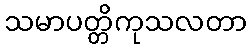
သမာပတ္တိကုသလတာ